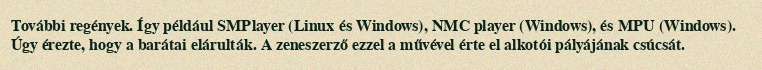
További regények. Így például SMPlayer (Linux és Windows), NMC player (Windows), és MPU (Windows). Úgy érezte, hogy a barátai elárulták. A zeneszerző ezzel a művével érte el alkotói pályájának csúcsát.